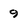
Character: 9